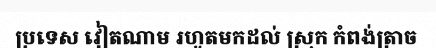
ប្រទេស វៀតណាម រហូតមកដល់ ស្រុក កំពង់ត្រាច